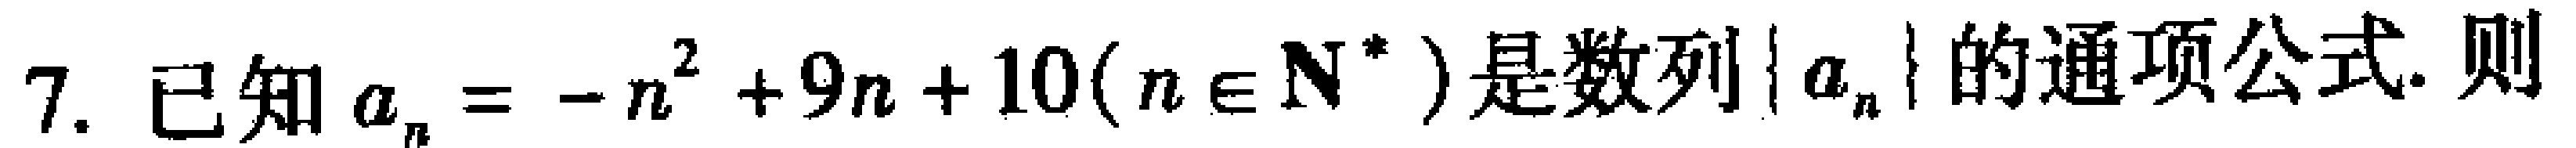
7. 已知$a_{n}=-n^{2}+9n + 10(n\in \mathbf{N}^{*})$是数列$\{ a_{n}\}$的通项公式. 则